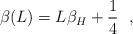
LaTeX: \begin{align*}\beta(L) = L \beta_H + {1 \over 4}~~,\end{align*}